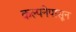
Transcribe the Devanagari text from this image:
कल्पनेपासून